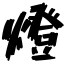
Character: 燈